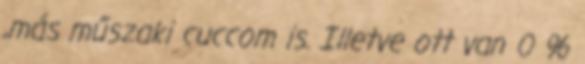
,más műszaki cuccom is. Illetve ott van 0 %